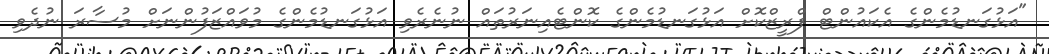
"އަޅުގަނޑުމެންގެ އެކައުންޓް ފްރީޒްކޮށް އަޅުގަނޑުމެންގެ ކޮންޓެއިނަރުތައް ނުނެރެވި އަޅުގަނޑުމެންގެ މުވައްޒަފުންނަށް މުސާރަ ނުދެވި